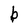
Character: b